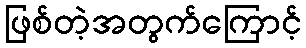
ဖြစ်တဲ့အတွက်ကြောင့်